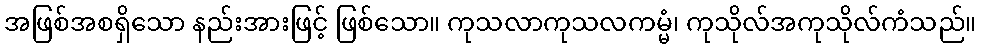
အဖြစ်အစရှိသော နည်းအားဖြင့် ဖြစ်သော။ ကုသလာကုသလကမ္မံ၊ ကုသိုလ်အကုသိုလ်ကံသည်။